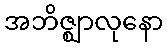
အဘိဇ္ဈာလုနော